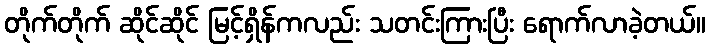
တိုက်တိုက် ဆိုင်ဆိုင် မြင့်ရှိန်ကလည်း သတင်းကြားပြီး ရောက်လာခဲ့တယ်။